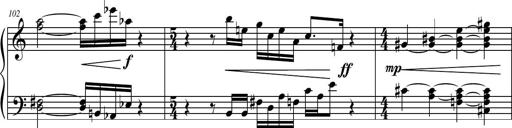
Title: Petite Sonatine
Composer: Richard St. Clair